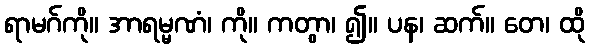
ရာမဂ်ကို။ အာရမ္မဏံ၊ ကို။ ကတွာ၊ ၍။ ပန၊ ဆက်။ တေ၊ ထို